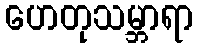
ဟေတုသမ္ဘာရာ